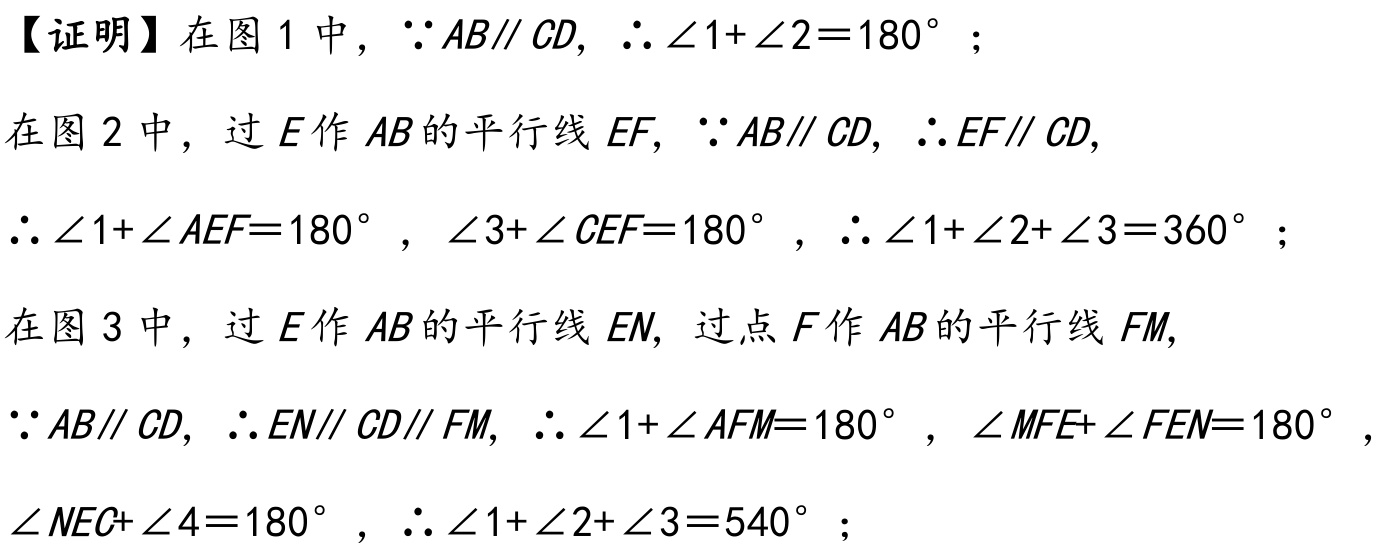
【证明】在图1中，\(\because AB\parallel CD\)，\(\therefore \angle 1+\angle 2 = 180^{\circ}\)；
在图2中，过\(E\)作\(AB\)的平行线\(EF\)，\(\because AB\parallel CD\)，\(\therefore EF\parallel CD\)，
\(\therefore \angle 1+\angle AEF = 180^{\circ}\)，\(\angle 3+\angle CEF = 180^{\circ}\)，\(\therefore \angle 1+\angle 2+\angle 3 = 360^{\circ}\)；
在图3中，过\(E\)作\(AB\)的平行线\(EN\)，过点\(F\)作\(AB\)的平行线\(FM\)，
\(\because AB\parallel CD\)，\(\therefore EN\parallel CD\parallel FM\)，\(\therefore \angle 1+\angle AFM = 180^{\circ}\)，\(\angle MFE+\angle FEN = 180^{\circ}\)，
\(\angle NEC+\angle 4 = 180^{\circ}\)，\(\therefore \angle 1+\angle 2+\angle 3 = 540^{\circ}\)；